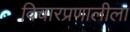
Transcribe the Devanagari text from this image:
विचारप्रणालीला